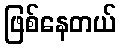
ဖြစ်နေတယ်